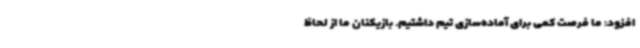
افزود: ما فرصت کمی برای آماده‌سازی تیم داشتیم. بازیکنان ما از لحاظ